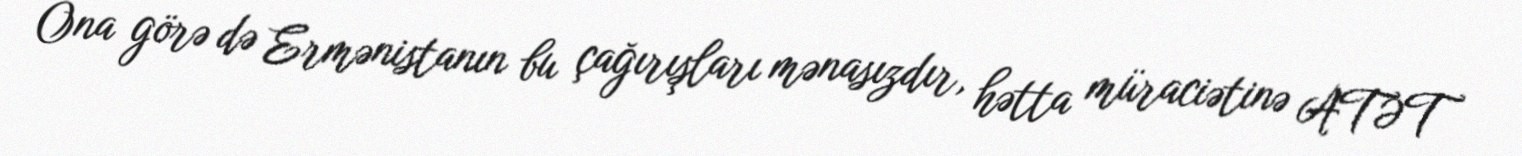
Ona görə də Ermənistanın bu çağırışları mənasızdır, hətta müraciətinə ATƏT